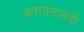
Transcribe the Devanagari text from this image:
करावताननी